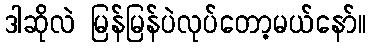
ဒါဆိုလဲ မြန်မြန်ပဲလုပ်တော့မယ်နော်။